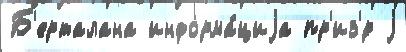
Б'ерталана информа́циjа пр'из'́р j